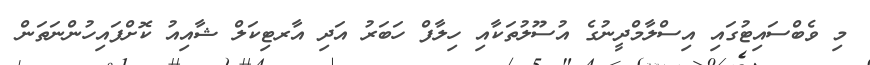
މި ވެބްސައިޓުގައި އިސްލާމްދީނުގެ އުސޫލުތަކާއި ހިލާފް ހަބަރު އަދި އާރޓިކަލް ޝާއިއު ކޮށްފައިހުންނަތަން